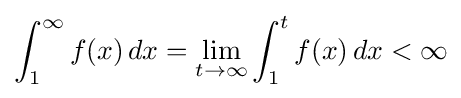
\int _{1}^{\infty }f(x)\,dx=\lim _{t\to \infty }\int _{1}^{t}f(x)\,dx<\infty